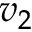
v _ { 2 }